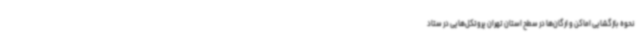
نحوه بازگشایی اماکن و ارگان‌ها در سطح استان تهران پروتکل‌هایی در ستاد